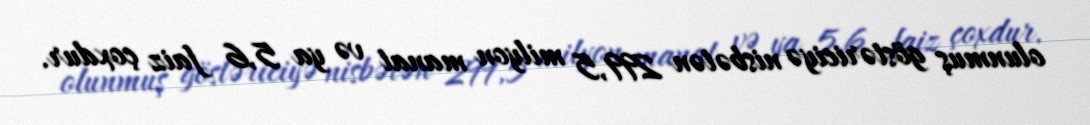
olunmuş göstəriciyə nisbətən 299,5 milyon manat və ya 5,6 faiz çoxdur.